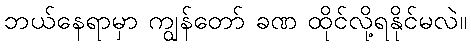
ဘယ်နေရာမှာ ကျွန်တော် ခဏ ထိုင်လို့ရနိုင်မလဲ။